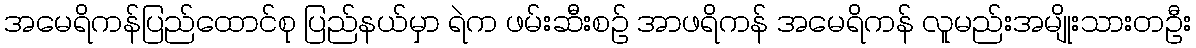
အမေရိကန်ပြည်ထောင်စု ပြည်နယ်မှာ ရဲက ဖမ်းဆီးစဉ် အာဖရိကန် အမေရိကန် လူမည်းအမျိုးသားတဦး